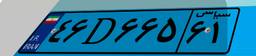
۴۶D۶۶۵۶۱